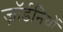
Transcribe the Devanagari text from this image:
ज़ॉर्डनियों